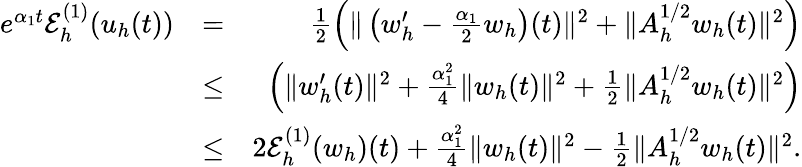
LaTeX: \begin{array}{rlr}{e^{\alpha_{1}t}{\cal E}_{h}^{(1)}(u_{h}(t))}&{=}&{\frac{1}{2}\left(\| \left(w_{h}^{\prime}-\frac{\alpha_{1}}{2}w_{h}\right)(t)\| ^{2}+\| A_{h}^{1/2}w_{h}(t)\| ^{2}\right)}\\ &{\leq}&{\left(\| w_{h}^{\prime}(t)\| ^{2}+\frac{\alpha_{1}^{2}}{4}\| w_{h}(t)\| ^{2}+\frac{1}{2}\| A_{h}^{1/2}w_{h}(t)\| ^{2}\right)}\\ &{\leq}&{2{\cal E}_{h}^{(1)}(w_{h})(t)+\frac{\alpha_{1}^{2}}{4}\| w_{h}(t)\| ^{2}-\frac{1}{2}\| A_{h}^{1/2}w_{h}(t)\| ^{2}.}\end{array}